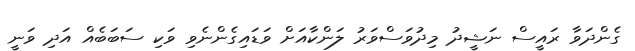
ގެންދަވާ ރައީސް ނަޝީދު މިދުވަސްވަރު ލަންކާއަށް ވަޑައިގެންނެވި ވަކި ސަބަބެއް އަދި ވަނީ